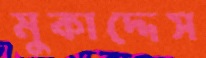
মুকাদ্দেস